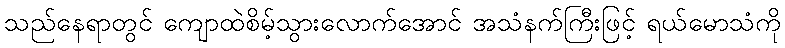
သည်နေရာတွင် ကျောထဲစိမ့်သွားလောက်အောင် အသံနက်ကြီးဖြင့် ရယ်မောသံကို